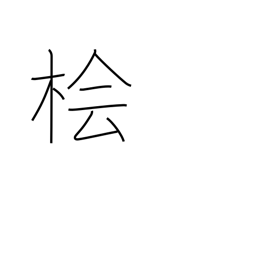
Meaning: Japanese cypress